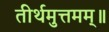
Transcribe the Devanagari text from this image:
तीर्थमुत्तमम्‌॥